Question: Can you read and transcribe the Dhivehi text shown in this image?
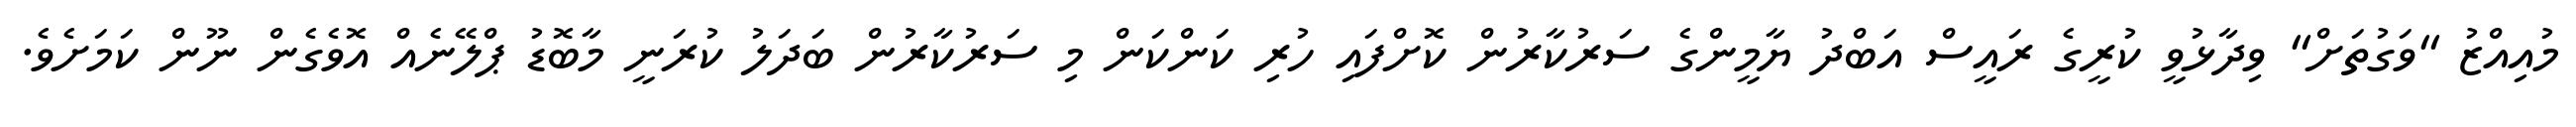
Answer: މުއިއްޒު "ވަގުތަށް" ވިދާޅުވީ ކުރީގެ ރައީސް އަބްދު ޔާމީންގެ ސަރުކާރުން ކޮށްފައި ހުރި ކަންކަން މި ސަރުކާރުން ބަދަލު ކުރަނީ މާބޮޑު ޕްލޭނެއް އޮވެގެން ނޫން ކަމަށެވެ.